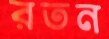
রতন